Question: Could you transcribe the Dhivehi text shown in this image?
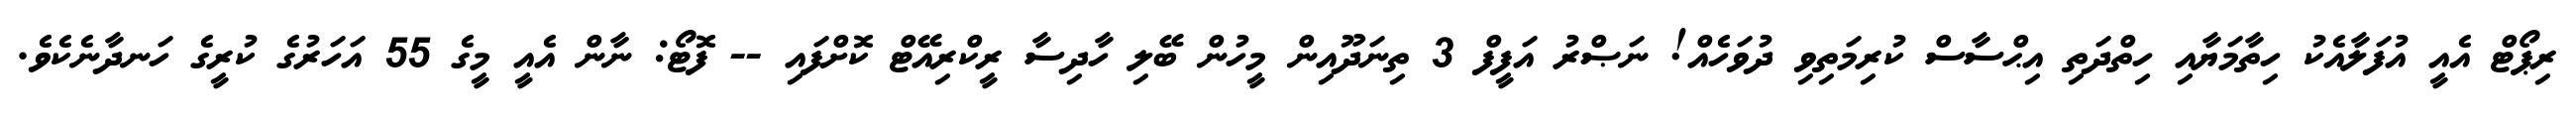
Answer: ރިޕޯޓް އެއީ އުފަލާއެކު ހިތާމަޔާއި ހިތްދަތި އިޙްސާސް ކުރިމަތިވި ދުވަހެއް! ނަޞްރު އަފީފް 3 ތިނަދޫއިން މީހުން ބޭލި ހާދިސާ ރީކްރިއޭޓް ކޮށްފައި -- ފޮޓޯ: ނާން އެއީ މީގެ 55 އަހަރުގެ ކުރީގެ ހަނދާނެކެވެ.